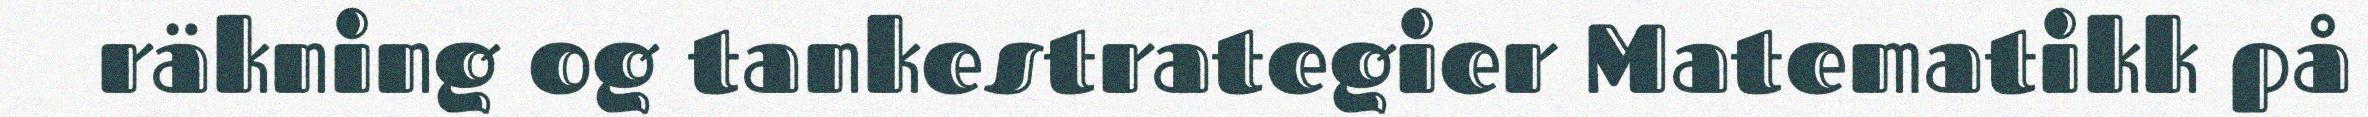
räkning og tankestrategier Matematikk på